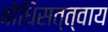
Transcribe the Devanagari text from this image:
बोधिसत्त्वाय